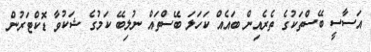
އަސާސީ ބޭސްތަކުގެ ތެރެއިން ބައެއް ކަހަލަ ބޭސްތައް ނުލިބޭ ކަމުގެ ޝަކުވާ ޑޮކްޓަރުން